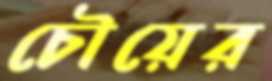
চৌয়ের